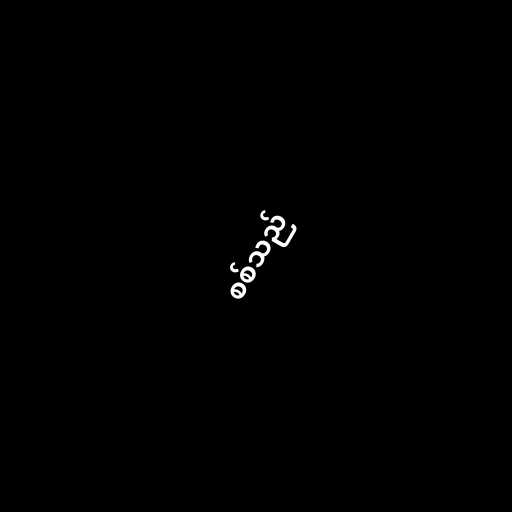
စစ်သည်